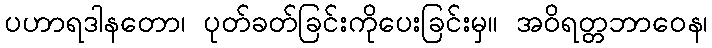
ပဟာရဒါနတော၊ ပုတ်ခတ်ခြင်းကိုပေးခြင်းမှ။ အဝိရတ္တဘာဝေန၊